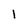
Character: 1